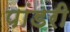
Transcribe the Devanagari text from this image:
पांडरी